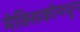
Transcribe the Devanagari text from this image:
मेक्सिकोमधून